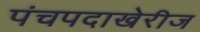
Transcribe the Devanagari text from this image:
पंचपदाखेरीज